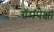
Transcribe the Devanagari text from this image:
ग्रॅमपेक्षा